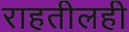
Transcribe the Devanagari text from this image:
राहतीलही